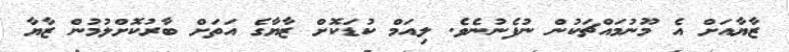
ޒާޔާއަށް އެ މޫނުމައްޗަކުން ނުފެނުނެވެ. ލިއަމް ކުޑަކޮށް ޒާޔާގެ އަތަށް ބާރުކޮށްލުމުން ޒާޔާ